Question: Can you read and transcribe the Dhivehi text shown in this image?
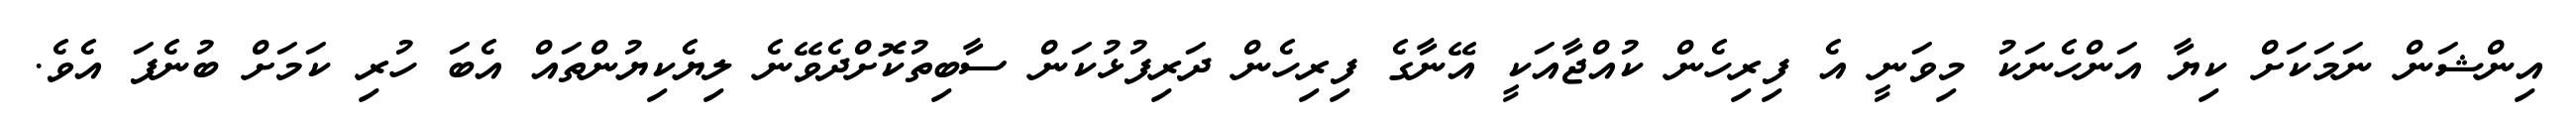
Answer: އިންޝަން ނަމަކަށް ކިޔާ އަންހެނަކު މިވަނީ އެ ފިރިހެން ކުއްޖާއަކީ އޭނާގެ ފިރިހެން ދަރިފުޅުކަން ސާބިތުކޮށްދެވޭނެ ލިޔެކިޔުންތައް އެބަ ހުރި ކަމަށް ބުނެފަ އެވެ.